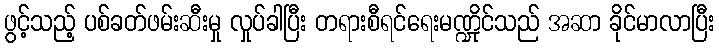
ဖွင့်သည့် ပစ်ခတ်ဖမ်းဆီးမှု လှုပ်ခါပြီး တရားစီရင်ရေးမဏ္ဍိုင်သည် အဆာ ခိုင်မာလာပြီး